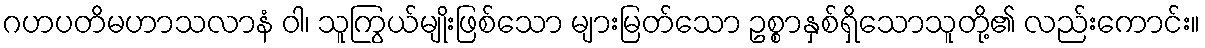
ဂဟပတိမဟာသလာနံ ဝါ၊ သူကြွယ်မျိုးဖြစ်သော များမြတ်သော ဥစ္စာနှစ်ရှိသောသူတို့၏ လည်းကောင်း။